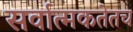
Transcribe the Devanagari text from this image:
सर्वात्मकतेतच